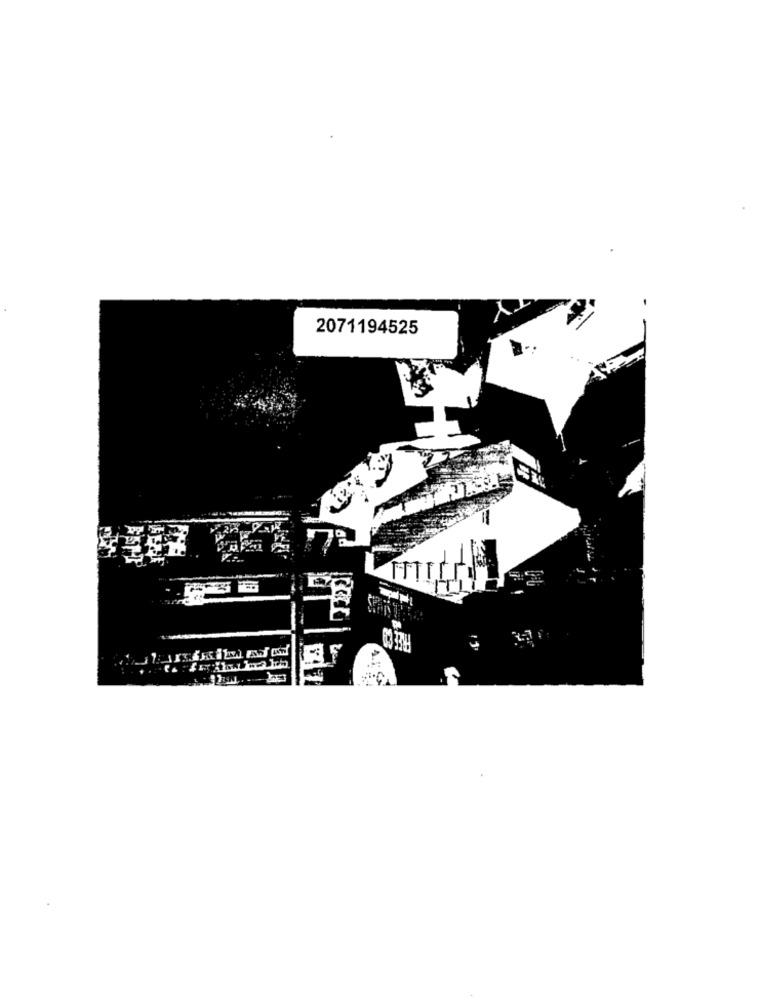
2071194525